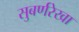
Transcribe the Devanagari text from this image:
सुबर्णरेखा